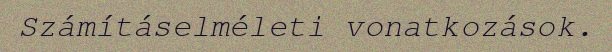
Számításelméleti vonatkozások.